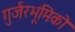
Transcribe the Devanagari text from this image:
गुर्जरभूमिको